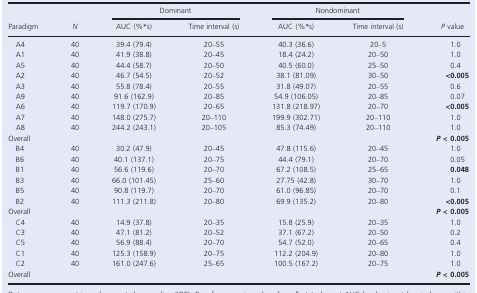
<table><thead><tr><td rowspan="2"><b>Paradigm</b></td><td rowspan="2"><b><i>N</i></b></td><td colspan="2"><b>Dominant</b></td><td colspan="2"><b>Nondominant</b></td><td rowspan="2"><b><i>P</i> value</b></td></tr><tr><td><b>AUC (%*s)</b></td><td><b>Time interval (s)</b></td><td><b>AUC (%*s)</b></td><td><b>Time interval (s)</b></td></tr></thead><tbody><tr><td>A4</td><td>40</td><td>39.4 (79.4)</td><td>20–55</td><td>40.3 (36.6)</td><td>20–5</td><td>1.0</td></tr><tr><td>A1</td><td>40</td><td>41.9 (38.8)</td><td>20–45</td><td>18.4 (24.2)</td><td>20–50</td><td>1.0</td></tr><tr><td>A5</td><td>40</td><td>44.4 (58.7)</td><td>20–50</td><td>40.5 (60.0)</td><td>25–50</td><td>0.4</td></tr><tr><td>A2</td><td>40</td><td>46.7 (54.5)</td><td>20–52</td><td>38.1 (81.09)</td><td>30–50</td><td><b>&lt;0.005</b></td></tr><tr><td>A3</td><td>40</td><td>55.8 (78.4)</td><td>20–55</td><td>31.8 (49.07)</td><td>20–55</td><td>0.6</td></tr><tr><td>A9</td><td>40</td><td>91.6 (162.9)</td><td>20–85</td><td>54.9 (106.05)</td><td>20–85</td><td>0.07</td></tr><tr><td>A6</td><td>40</td><td>119.7 (170.9)</td><td>20–65</td><td>131.8 (218.97)</td><td>20–70</td><td><b>&lt;0.005</b></td></tr><tr><td>A7</td><td>40</td><td>148.0 (275.7)</td><td>20–110</td><td>199.9 (302.71)</td><td>20–110</td><td>1.0</td></tr><tr><td>A8</td><td>40</td><td>244.2 (243.1)</td><td>20–105</td><td>85.3 (74.49)</td><td>20–110</td><td>1.0</td></tr><tr><td>Overall</td><td></td><td></td><td></td><td></td><td></td><td><i><b>P</b></i><b> &lt; 0.005</b></td></tr><tr><td>B4</td><td>40</td><td>30.2 (47.9)</td><td>20–45</td><td>47.8 (115.6)</td><td>20–45</td><td>1.0</td></tr><tr><td>B6</td><td>40</td><td>40.1 (137.1)</td><td>20–75</td><td>44.4 (79.1)</td><td>20–70</td><td>0.05</td></tr><tr><td>B1</td><td>40</td><td>56.6 (119.6)</td><td>20–70</td><td>67.2 (108.5)</td><td>25–65</td><td><b>0.048</b></td></tr><tr><td>B3</td><td>40</td><td>66.0 (101.45)</td><td>25–60</td><td>27.75 (42.8)</td><td>30–70</td><td>1.0</td></tr><tr><td>B5</td><td>40</td><td>90.8 (119.7)</td><td>20–70</td><td>61.0 (96.85)</td><td>20–70</td><td>0.1</td></tr><tr><td>B2</td><td>40</td><td>111.3 (211.8)</td><td>20–80</td><td>69.9 (135.2)</td><td>20–80</td><td><b>&lt;0.005</b></td></tr><tr><td>Overall</td><td></td><td></td><td></td><td></td><td></td><td><i><b>P</b></i><b> &lt; 0.005</b></td></tr><tr><td>C4</td><td>40</td><td>14.9 (37.8)</td><td>20–35</td><td>15.8 (25.9)</td><td>20–35</td><td>1.0</td></tr><tr><td>C3</td><td>40</td><td>47.1 (81.2)</td><td>20–52</td><td>37.1 (67.2)</td><td>20–50</td><td>0.2</td></tr><tr><td>C5</td><td>40</td><td>56.9 (88.4)</td><td>20–70</td><td>54.7 (52.0)</td><td>20–65</td><td>0.4</td></tr><tr><td>C1</td><td>40</td><td>125.3 (158.9)</td><td>20–75</td><td>112.2 (204.9)</td><td>20–80</td><td>1.0</td></tr><tr><td>C2</td><td>40</td><td>161.0 (247.6)</td><td>25–65</td><td>100.5 (167.2)</td><td>20–75</td><td>1.0</td></tr><tr><td>Overall</td><td></td><td></td><td></td><td></td><td></td><td><i><b>P</b></i><b> &lt; 0.005</b></td></tr></tbody></table>